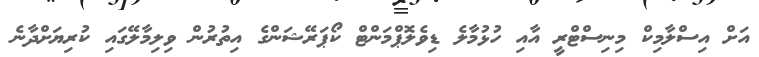
އަށް އިސްލާމިކް މިނިސްޓްރީ އާއި ހުޅުމާލެ ޑިވެލޮޕްމަންޓް ކޯޕަރޭޝަންގެ އިތުރުން ވިލިމާލޭގައި ކުރިޔަށްދާނެ